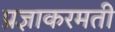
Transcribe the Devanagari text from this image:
प्रज्ञाकरमती